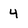
Character: 4